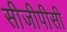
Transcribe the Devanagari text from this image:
सीजीपीसी